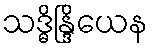
သဒ္ဓိန္ဒြိယေန